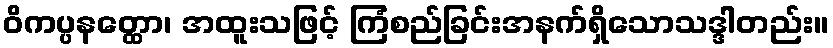
ဝိကပ္ပနတ္ထော၊ အထူးသဖြင့် ကြံစည်ခြင်းအနက်ရှိသောသဒ္ဒါတည်း။